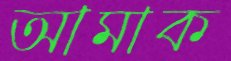
আমাক